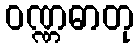
ဝဏ္ဏဓာတု